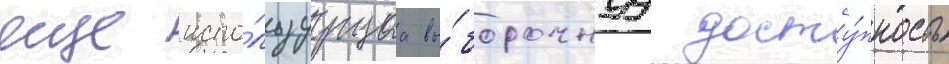
еще испо́льзуущаа вы́борочнуу досту́пность